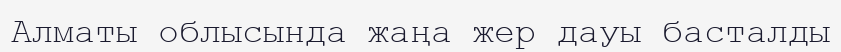
Алматы облысында жаңа жер дауы басталды